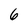
Character: 6